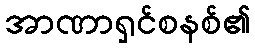
အာဏာရှင်စနစ်၏